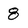
Character: 8